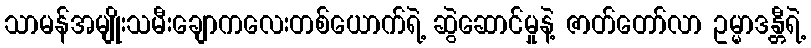
သာမန်အမျိုးသမီးချောကလေးတစ်ယောက်ရဲ့ ဆွဲဆောင်မှုနဲ့ ဇာတ်တော်လာ ဥမ္မာဒန္တီရဲ့